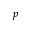
p